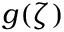
g ( \zeta )